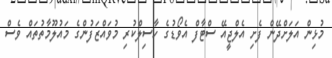
މުޅިން އަލަށްދޭން ފެށި އެލްޖީއޭ ސްޓާފް އެވޯޑުގެ ހާސިލްކުރި މުވައްޒަފުންގެ މައުލޫމާތުތައް ވެސް